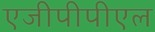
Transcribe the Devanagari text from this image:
एजीपीपीएल